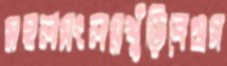
মহলসংলগ্নখুঁড়িবেগুস